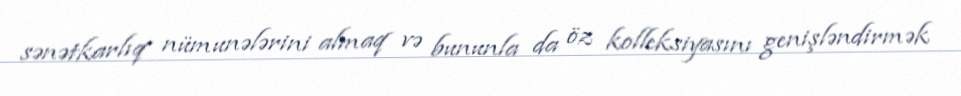
sənətkarlıq nümunələrini almaq və bununla da öz kolleksiyasını genişləndirmək